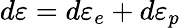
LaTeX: d\varepsilon=d\varepsilon_{e}+d\varepsilon_{p}